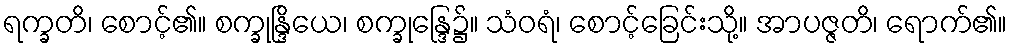
ရက္ခတိ၊ စောင့်၏။ စက္ခုန္ဒြိယေ၊ စက္ခုန္ဒြေ၌။ သံဝရံ၊ စောင့်ခြေင်းသို့။ အာပဇ္ဇတိ၊ ရောက်၏။